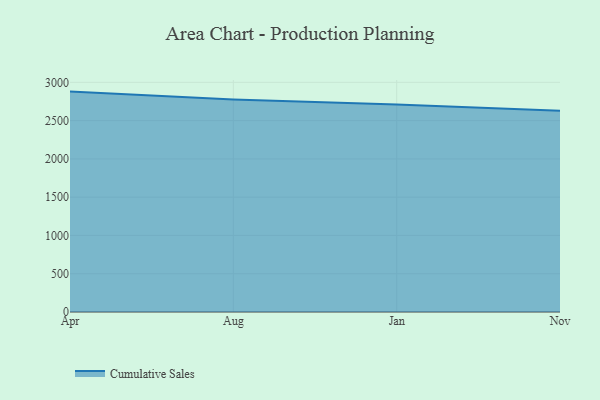
{"axis": {"x": "Month", "y": "Production Output"}, "legend": ["Cumulative Sales"], "data": [{"x": "Apr", "y": 2879.1, "type": "Cumulative Sales"}, {"x": "Aug", "y": 2776.5, "type": "Cumulative Sales"}, {"x": "Jan", "y": 2710.9, "type": "Cumulative Sales"}, {"x": "Nov", "y": 2630.2, "type": "Cumulative Sales"}]}